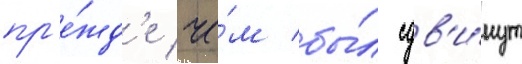
пр'е́жд'е че́м бы́л сдв'и́нут